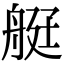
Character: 𦨿